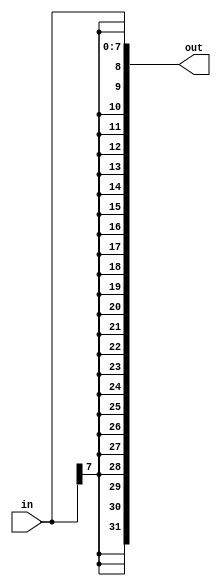
module top_module (
    input [7:0] in,
    output [31:0] out );

    localparam len = $bits(out) - $bits(in);

    assign out = {{len{in[7]}}, in};

endmodule